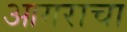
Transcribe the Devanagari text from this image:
आगराचा